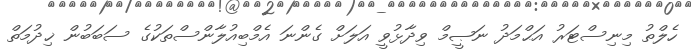
ހެލްތު މިނިސްޓަރު އަޙްމަދު ނަޞީމް ވިދާޅުވީ އަލަށް ގެންނަ އެމްބިއުލާންސްތަކުގެ ސަބަބުން ޚިދުމަތް